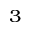
^ 3